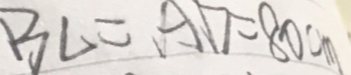
B L = A D = 8 0 c m